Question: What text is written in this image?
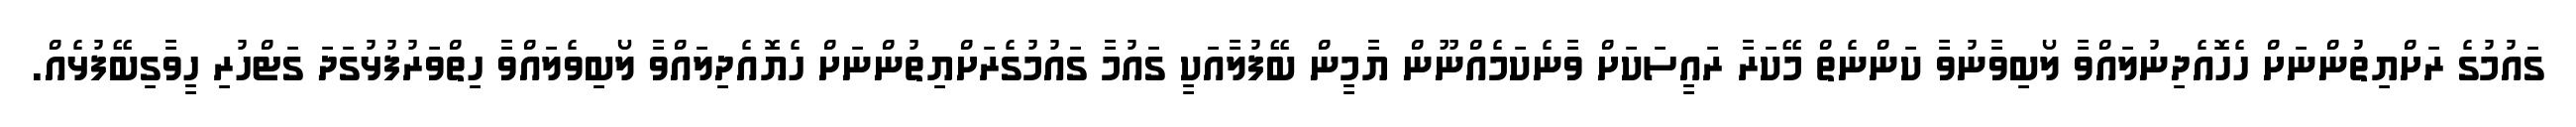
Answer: ގައުމުގެ ރަށްޔިތުންނަށް ހެހޮއެދިނުލައްވާ ލޯބިވާނުވާ ކަންނެތް މޭކަރާ ރައީސަކަށް ވާނެކަމެއްނޫން ޔާމީން ބޭފުލާއަކީ ގައުމާ ގައުމުގެރަށްޔިތުންނަށް ހެޔޮއެދިލައްވާ ލޯބިވެލައްވާ ހިތްވަރުފުޅުގަދަ ގަޓްހުރި ހީވާގިބޭފުޅެއް.